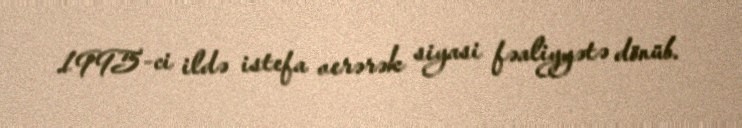
1995-ci ildə istefa verərək siyasi fəaliyyətə dönüb.